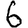
Digit: 6